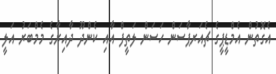
އެގޮތުން އެމްޑީޕީގެ ޗެއަރޕާސަން ހަސަން ލަތީފް އާއި ކެންދޫ ދާއިރާގެ މެމްބަރު އަލީ